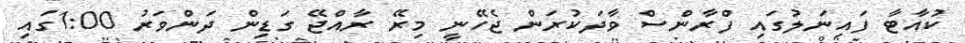
ކުއާޓާ ފައިނަލުގައި ފްރާންސް ވާދަކުރަން ޖެހޭނީ މިރޭ ރާއްޖޭ ގަޑިން ދަންވަރު 1:00ގައި